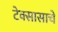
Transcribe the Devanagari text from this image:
टेक्सासाचे